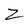
Character: Z